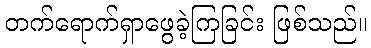
တက်ရောက်ရှာဖွေခဲ့ကြခြင်း ဖြစ်သည်။